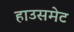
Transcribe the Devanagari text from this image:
हाउसमेट